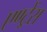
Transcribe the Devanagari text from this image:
एण्ट्रेंस